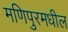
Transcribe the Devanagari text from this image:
मणिपुरमधील